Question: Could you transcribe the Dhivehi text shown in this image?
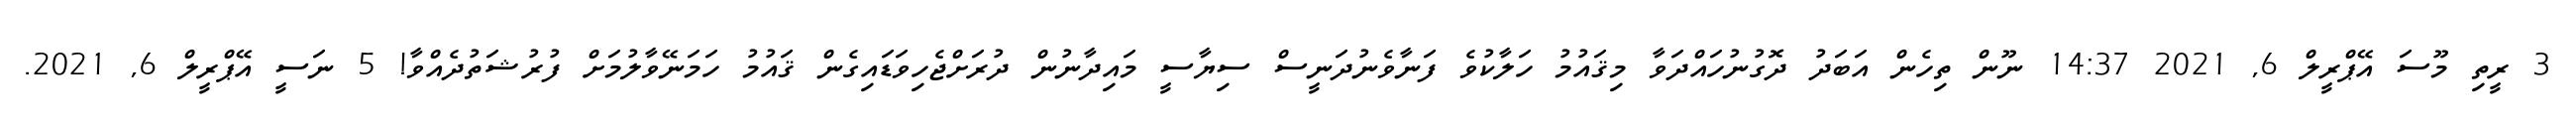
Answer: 3 ރީތި މޫސަ އޭޕްރީލް 6, 2021 14:37 ނޫން ތިހެން އަބަދު ދޮގުނުހައްދަވާ މިޤައުމު ހަލާކުވެ ފަނާވެނުދަނީސް ސިޔާސީ މައިދާނުން ދުރަށްޖެހިވަޑައިގެން ޤައުމު ހަމަނޭވާލުމަށް ފުރުޝަތުދެއްވާ! 5 ނަސީ އޭޕްރީލް 6, 2021.